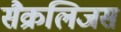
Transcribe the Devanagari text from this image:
सैक्रलिजस